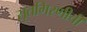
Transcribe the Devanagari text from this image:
सूतगिरणीची